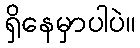
ရှိနေမှာပါပဲ။